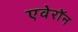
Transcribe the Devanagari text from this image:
एवेरॉन